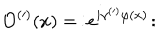
LaTeX: \mathcal { O } ^ { ( \prime ) } ( x ) = \, : \! e ^ { i \gamma ^ { ( \prime ) } \varphi ( x ) } \! :